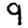
Digit: 9